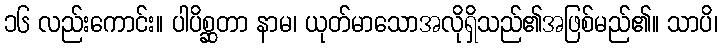
၁၆ လည်းကောင်း။ ပါပိစ္ဆတာ နာမ၊ ယုတ်မာသောအလိုရှိသည်၏အဖြစ်မည်၏။ သာပိ၊